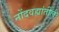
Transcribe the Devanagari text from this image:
नोंदवह्यांतील